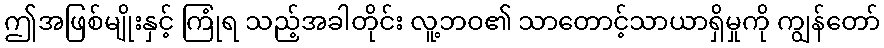
ဤအဖြစ်မျိုးနှင့် ကြုံရ သည့်အခါတိုင်း လူ့ဘဝ၏ သာတောင့်သာယာရှိမှုကို ကျွန်တော်